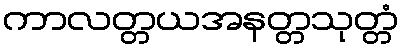
ကာလတ္တယအနတ္တသုတ္တံ